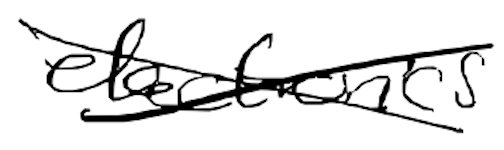
Text: electronics
Cross-out: cross
Writing tool: digital_black